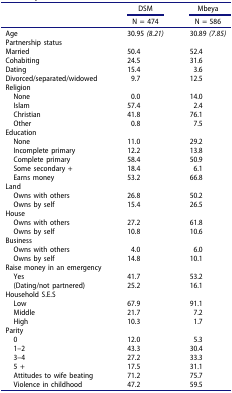
|  | DSM | Mbeya |
 |  | N = 474 | N = 586 |
 | --- | --- | --- |
 | Age | 30.95 (8.21) | 30.89 (7.85) |
 | Partnership status |  |  |
 | Married | 50.4 | 52.4 |
 | Cohabiting | 24.5 | 31.6 |
 | Dating | 15.4 | 3.6 |
 | Divorced/separated/widowed | 9.7 | 12.5 |
 | Religion |  |  |
 | None | 0.0 | 14.0 |
 | Islam | 57.4 | 2.4 |
 | Christian | 41.8 | 76.1 |
 | Other | 0.8 | 7.5 |
 | Education |  |  |
 | None | 11.0 | 29.2 |
 | Incomplete primary | 12.2 | 13.8 |
 | Complete primary | 58.4 | 50.9 |
 | Some secondary + | 18.4 | 6.1 |
 | Earns money | 53.2 | 66.8 |
 | Land |  |  |
 | Owns with others | 26.8 | 50.2 |
 | Owns by self | 15.4 | 26.5 |
 | House |  |  |
 | Owns with others | 27.2 | 61.8 |
 | Owns by self | 10.8 | 10.6 |
 | Business |  |  |
 | Owns with others | 4.0 | 6.0 |
 | Owns by self | 14.8 | 10.1 |
 | Raise money in an emergency |  |  |
 | Yes | 41.7 | 53.2 |
 | (Dating/not partnered) | 25.2 | 16.1 |
 | Household S.E.S |  |  |
 | Low | 67.9 | 91.1 |
 | Middle | 21.7 | 7.2 |
 | High | 10.3 | 1.7 |
 | Parity |  |  |
 | 0 | 12.0 | 5.3 |
 | 1–2 | 43.3 | 30.4 |
 | 3–4 | 27.2 | 33.3 |
 | 5 + | 17.5 | 31.1 |
 | Attitudes to wife beating | 71.2 | 75.7 |
 | Violence in childhood | 47.2 | 59.5 |